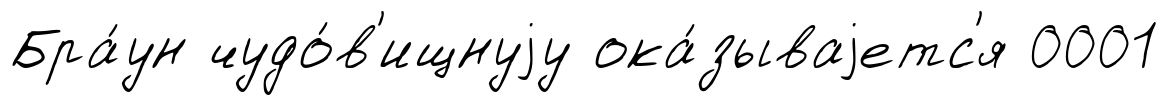
Бра́ун чудо́в'ищнуjу ока́зываjетс'я 0001